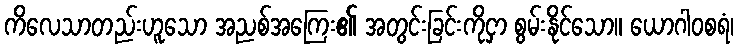
ကိလေသာတည်းဟူသော အညစ်အကြေး၏ အတွင်းခြင်းကိုငှာ စွမ်းနိုင်သော။ ယောဂါဝစရံ၊